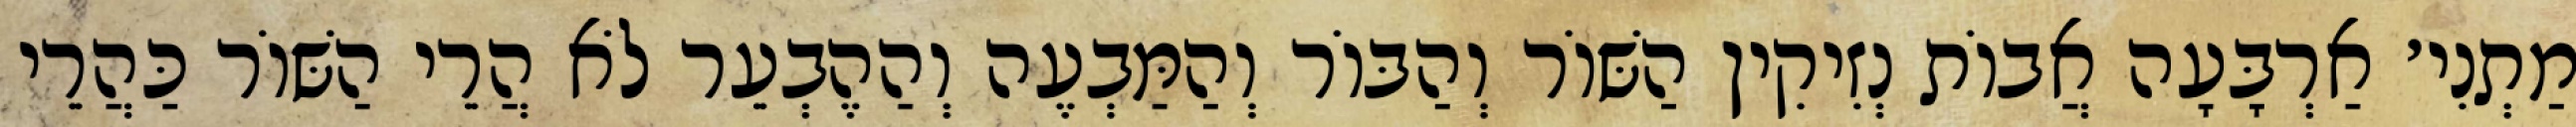
מַתְנִי׳ אַרְבָּעָה אֲבוֹת נְזִיקִין הַשּׁוֹר וְהַבּוֹר וְהַמַּבְעֶה וְהַהֶבְעֵר לֹא הֲרֵי הַשּׁוֹר כַּהֲרֵי